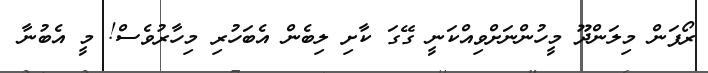
ރޯފަން މިލަންދޫ މީހުންނަށްވިއްކަނީ ގޭގަ ކާށި ލިބެން އެބަހުރި މިހާރުވެސް! މީ އެބުނާ